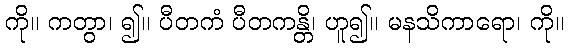
ကို။ ကတွာ၊ ၍။ ပီတကံ ပီတကန္တိ၊ ဟူ၍။ မနသိကာရော၊ ကို။